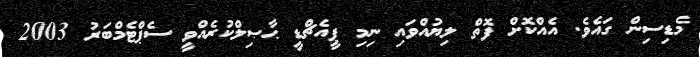
މެޑިސިން ގައެވެ. އެއްކޮށް ފޮތް ލިޔުއްވައި ނިމި ޕީއެޗްޑީ ޙާޞިލްކުރެއްވީ ސެޕްޓެމްބަރު 2003